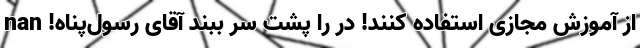
از آموزش مجازی استفاده کنند! در را پشت سر ببند آقای رسول‌پناه! nan